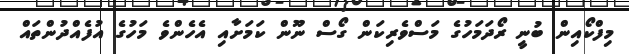
މިފްކޯއިން ބުނީ ރޯދަމަހުގެ މަސްވެރިކަން ގޯސް ނޫން ކަމަށާއި އެހެންވެ މަހުގެ އުފެެއްދުންތައް